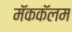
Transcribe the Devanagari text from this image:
मॅककॅलम